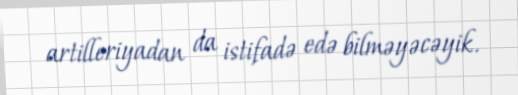
artilleriyadan da istifadə edə bilməyəcəyik.